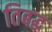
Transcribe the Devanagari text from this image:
तिबद्ध